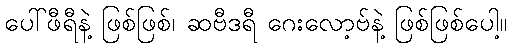
ပေါ်ဖီရီနဲ့ ဖြစ်ဖြစ်၊ ဆဗီဒရီ ဂေးလော့ဗ်နဲ့ ဖြစ်ဖြစ်ပေါ့။